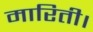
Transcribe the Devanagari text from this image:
मारिती।